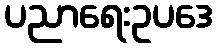
ပညာရေးဥပဒေ